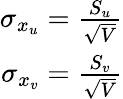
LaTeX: \begin{array}{r}{\sigma_{x_{u}}=\frac{S_{u}}{\sqrt{V}}}\\ {\sigma_{x_{v}}=\frac{S_{v}}{\sqrt{V}}}\end{array}